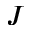
J